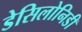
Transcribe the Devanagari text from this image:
डेसिलोनिडी